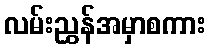
လမ်းညွှန်အမှာစကား